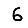
Digit: 6